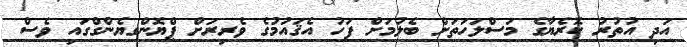
އަދި އުތުރު ކޮރެޔާގެ މަސްލަހަތަށް ބެލުމަށް ފަހު އެޤައުމުގެ ވެރިރަށް ޕްޔޮންގޔެންގްގައި ވެސް